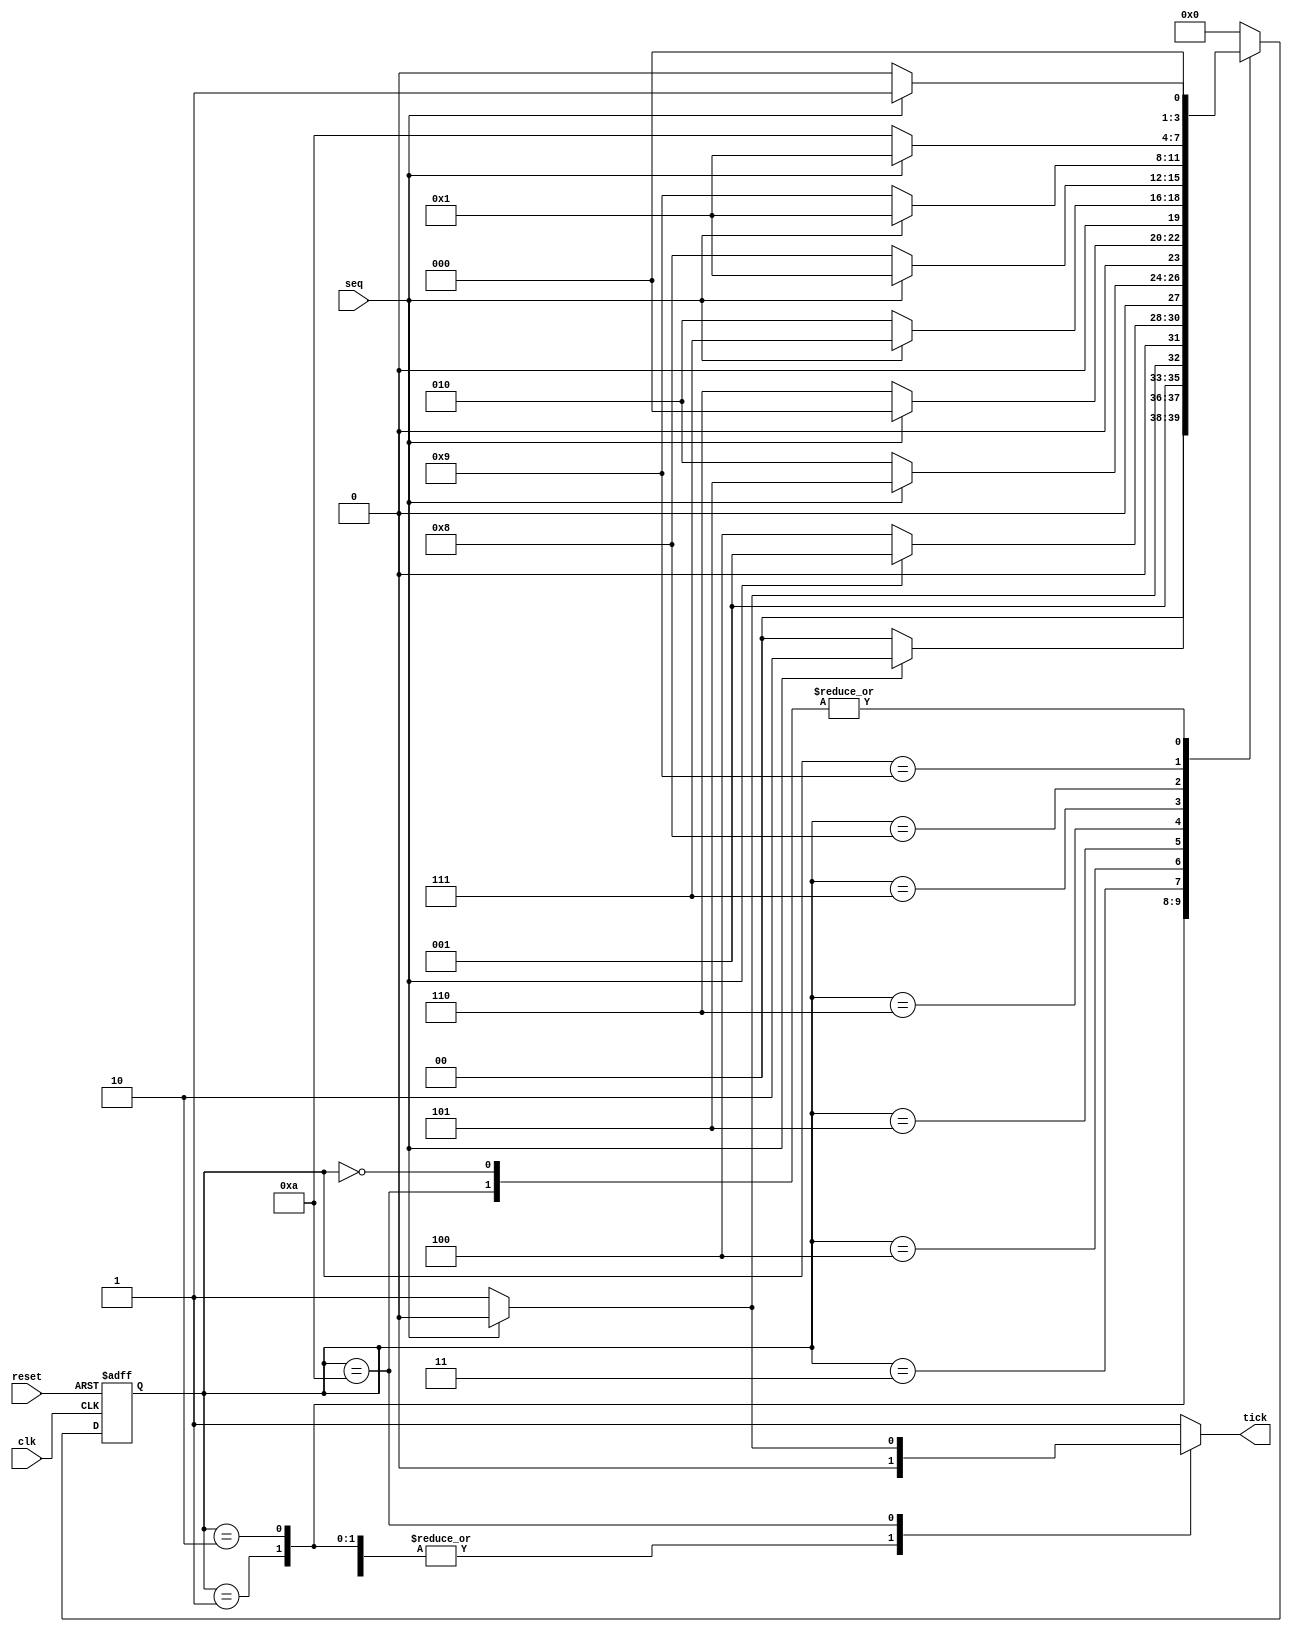
`timescale 1ns / 1ps
`timescale 1ns / 1ps
 module stateMachine
(
input wire clk, reset,
input wire seq,
output reg tick
);
// symbolic state declaration
localparam A = 4'b0000,
B = 4'b0001,
C = 4'b0010,
D = 4'b0011,
E = 4'b0100,
F = 4'b0101,
G = 4'b0110,
H = 4'b0111,
I = 4'b1000,
J = 4'b1001,
K = 4'b1010;

reg [3:0] state_reg, state_next;

always @(posedge clk, posedge reset)
   begin
    if (reset)
    state_reg <= A;
    else
    state_reg <= state_next;
end
// next-state logic and output logic
always @*
   begin
   state_next = state_reg;
// default state: the same
   tick = 1'b0; // default output: 0
  case (state_reg)
   A:
    if (seq)
    state_next = B;
    else
    state_next = A;
   B:
    if (seq)
    state_next = C;
    else
    state_next = A;
   C:
    if (~seq)
    state_next = D;
    else
    state_next = C;
   D:
    if (~seq)
    state_next = E;
    else
    state_next = B;
    E:
    if (seq)
    state_next = F;
    else
    state_next = C;
    F:
    if (~seq)
    state_next = G;
    else
    state_next = A;
    G:
    if (seq)
    state_next = H;
    else
    state_next = C;
     H:
    if (~seq)
    state_next = I;
    else
    state_next = B;
    I:
    if (~seq)
    state_next = J;
    else
    state_next = B;
    J:
    if (~seq)
    state_next = K;
    else
    state_next = B;
    K:
    if (~seq)
    begin
    state_next = A;
    tick=1'b1;
    end
    else
    state_next = B;
  
 default:
    begin
    state_next = A;
    tick=1'b1;
end
endcase
end
endmodule